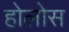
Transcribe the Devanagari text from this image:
होलोस